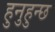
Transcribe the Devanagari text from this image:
हुनुहुन्छ